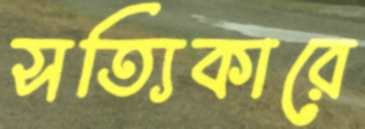
সত্যিকারে